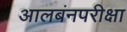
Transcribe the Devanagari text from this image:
आलबंनपरीक्षा